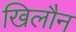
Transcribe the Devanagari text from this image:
खिलौन